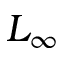
L _ { \infty }